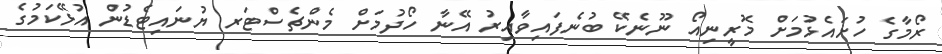
ރޯމާގެ ހުށައެޅުމަށް މޮރީނިއޯ ނޫނެކޭ ބުނެފައިވާއިރު އޭނާ ހޯދުމަށް މެންޗެސްޓަރ ޔުނައިޓެޑުން އުޅޭކަމުގެ